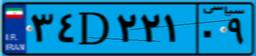
۸۶D۷۳۶۰۴